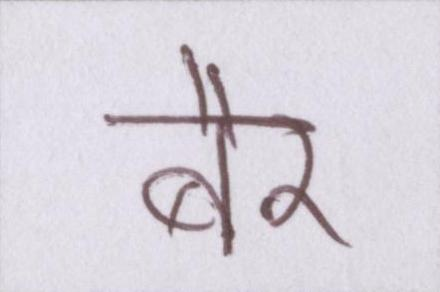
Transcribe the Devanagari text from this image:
बैर